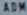
ADAM